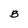
Character: B